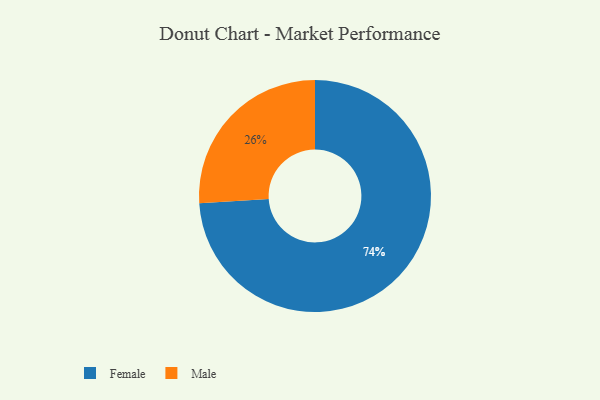
{"axis": {"x": "Category", "y": "Percentage"}, "legend": ["Female", "Male"], "data": [{"x": "Male", "y": 26, "type": "Male"}, {"x": "Female", "y": 74, "type": "Female"}]}